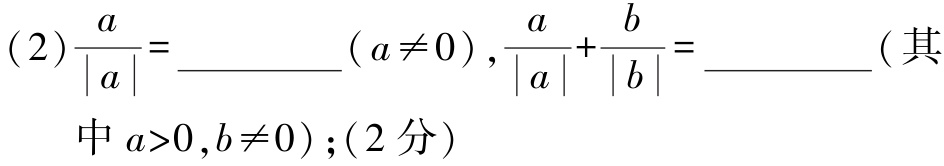
(2)$\frac{a}{|a|}=\underline{\qquad}(a \neq 0),\frac{a}{|a|}+\frac{b}{|b|}=\underline{\qquad}$(其中$a > 0,b \neq 0$);(2分)